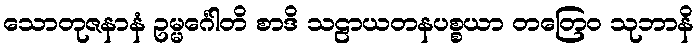
သောတုဇနာနံ ဥမ္မင်္ဂေါတိ စာဒိ သဠာယတနပစ္စယာ တတြေဝ သုဘာနိ